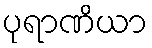
ပုရာဏိယာ